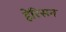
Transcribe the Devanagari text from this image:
हेरिसन